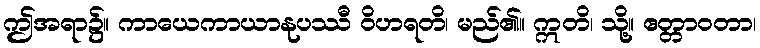
ဤအရာ၌။ ကာယေကာယာနုပဿီ ဝိဟရတိ၊ မည်၏။ ဣတိ၊ သို့။ ဧတ္တာဝတာ၊